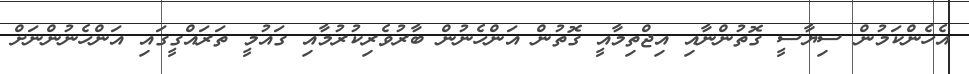
އެހެންކަމުން ސިޔާސީ ގޮތުންނާއި އިޖްތިމާއީ ގޮތުން އަންހެނުން ބާރުވެރިކުރުމާއި ގައުމީ ތަރައްގީގައި އަންހެނުންނަށް